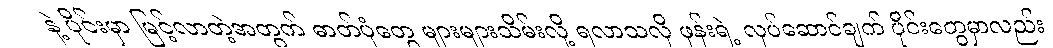
နဲ့ ပိုင်းမှာ မြင့်လာတဲ့အတွက် ဓာတ်ပုံတွေ များများသိမ်းလို့ ရလာသလို ဖုန်းရဲ့ လုပ်ဆောင်ချက် ပိုင်းတွေမှာလည်း